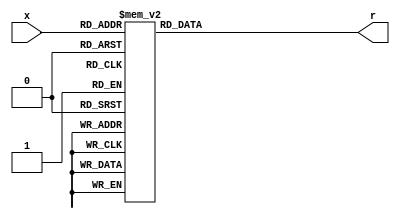
`timescale 1ns / 1ps
//////////////////////////////////////////////////////////////////////////////////
// Company: 
// Engineer: 
// 
// Design Name: 
// Module Name: hexto7segment
// Project Name: 
// Target Devices: 
// Tool Versions: 
// Description: 
// 
// Dependencies: 
// 
// Revision:
// Revision 0.01 - File Created
// Additional Comments:
// 
//////////////////////////////////////////////////////////////////////////////////

module hexto7segment(
    input [3:0] x,
    output reg [6:0] r
);
        
    always @(*)
        case(x)
            4'b0000: r = 7'b0000001; // rmr this is active low for 1-f
            4'b0001: r = 7'b1001111;
            4'b0010: r = 7'b0010010;
            4'b0011: r = 7'b0000110;
            4'b0100: r = 7'b1001100;
            4'b0101: r = 7'b0100100;
            4'b0110: r = 7'b0100000;
            4'b0111: r = 7'b0001111;
            4'b1000: r = 7'b0000000;
            4'b1001: r = 7'b0000100;
            4'b1010: r = 7'b0001000;   
            4'b1011: r = 7'b1100000;   
            4'b1100: r = 7'b0110001;   
            4'b1101: r = 7'b1000010;   
            4'b1110: r = 7'b0110000;   
            4'b1111: r = 7'b0111000;   
        endcase
        
endmodule